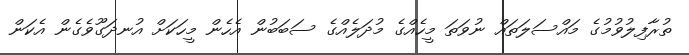
ތުރާފިލުވުމުގެ މައްސަލަތައް ނުވަތަ މީހެއްގެ މުދަލެއްގެ ސަބަބުން އެހެން މީހަކަށް އުނދަގޫވެގެން އެކަން